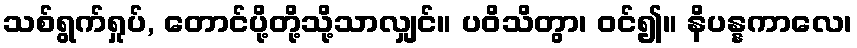
သစ်ရွက်ရှုပ်, တောင်ပို့တို့သို့သာလျှင်။ ပဝိသိတွာ၊ ဝင်၍။ နိပန္နကာလေ၊